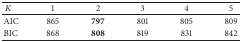
<table><thead><tr><td><b> <i>K</i></b></td><td><b>1 </b></td><td><b>2</b></td><td><b> 3 </b></td><td><b>4 </b></td><td><b>5</b></td></tr></thead><tbody><tr><td>AIC</td><td>865</td><td><b>797 </b></td><td> 801</td><td> 805</td><td> 809</td></tr><tr><td>BIC</td><td>868</td><td><b>808</b></td><td> 819</td><td>831</td><td>842</td></tr></tbody></table>